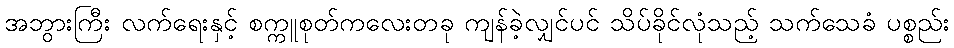
အဘွားကြီး လက်ရေးနှင့် စက္ကူစုတ်ကလေးတခု ကျန်ခဲ့လျှင်ပင် သိပ်ခိုင်လုံသည့် သက်သေခံ ပစ္စည်း